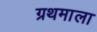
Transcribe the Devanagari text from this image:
ग्रथमाला